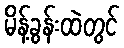
မိန့်ခွန်းထဲတွင်